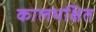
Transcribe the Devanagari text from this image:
कालभक्षित